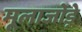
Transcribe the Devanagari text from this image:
मूलाजोड़े